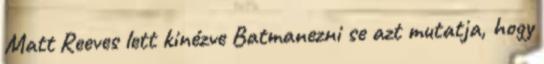
Matt Reeves lett kinézve Batmanezni se azt mutatja, hogy